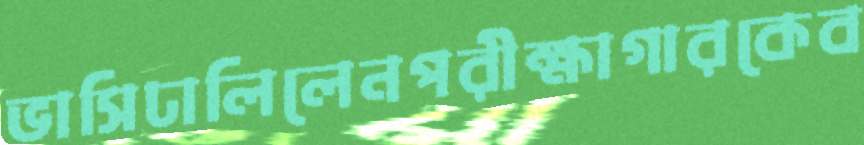
ভাসিঢালিলেনপরীক্ষাগারকেব